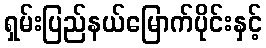
ရှမ်းပြည်နယ်မြောက်ပိုင်းနှင့်